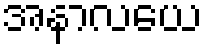
အနာလယေ